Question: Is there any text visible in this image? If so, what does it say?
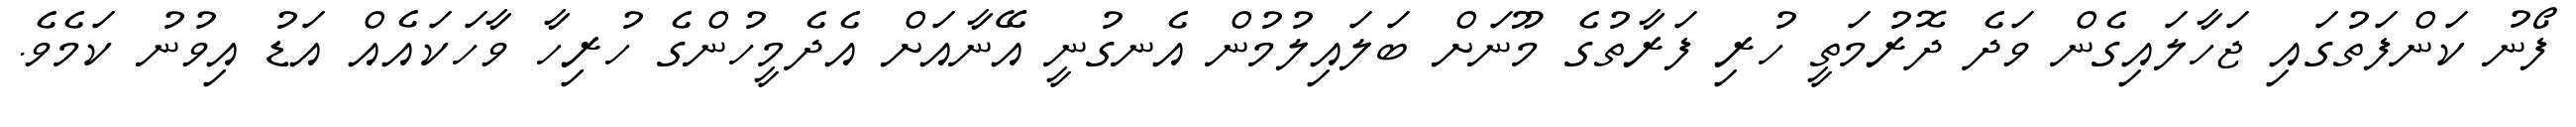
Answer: ފޯނު ކަންފަތުގައި ޖަހާލައިގެން ވަދެ ދޮރުމަތީ ހުރި ފަރާތުގެ މޫނަށް ބަލައިލުމުން އެނގުނީ އޭނާއަށް އެދެމީހުންގެ ހުރިހާ ވާހަކައެއް އަޑު އިވުނު ކަމެވެ.